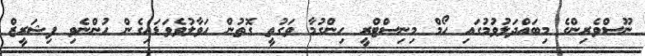
ނޫސްވެރިންގެ މިބައްދަލުވުމުގައި ހޯމް މިނިސްޓްރީ ހިންގުމާ ވަގުތީ ގޮތުން ހަވާލުވެވަޑައިގެން ހުންނެވި ފިޝަރީޒް